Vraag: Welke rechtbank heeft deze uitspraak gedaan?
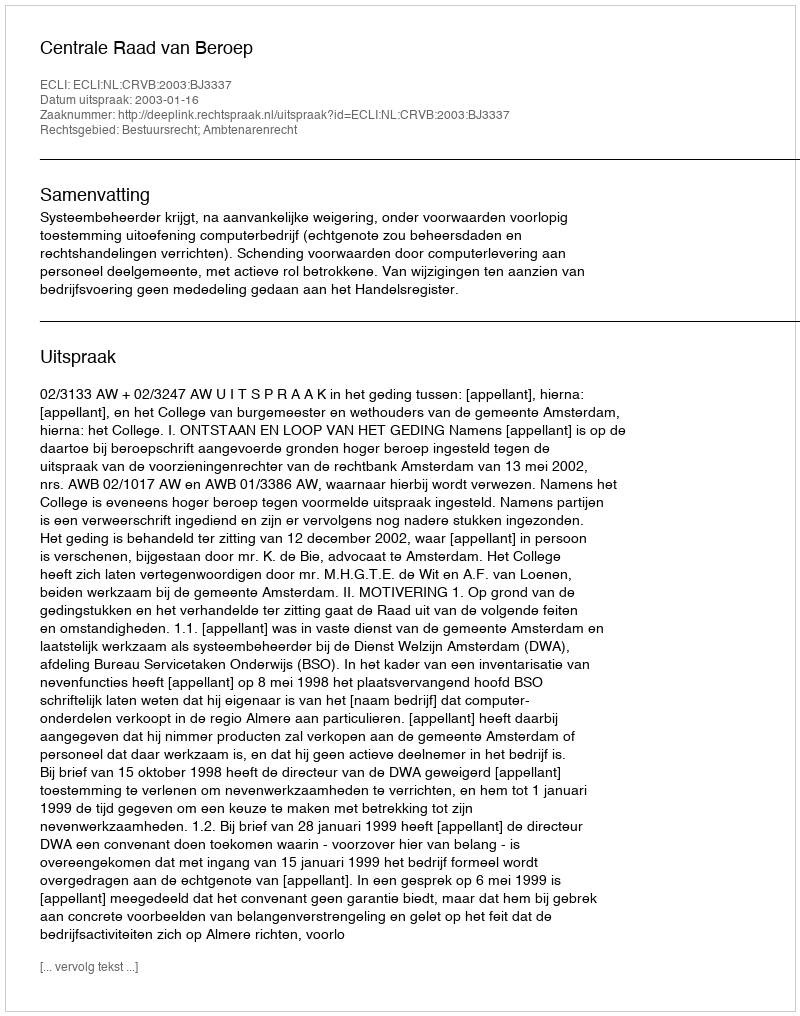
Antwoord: Centrale Raad van Beroep